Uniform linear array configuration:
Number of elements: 48
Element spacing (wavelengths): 1
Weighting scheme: kaiser
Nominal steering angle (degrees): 0
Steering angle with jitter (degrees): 0.4832
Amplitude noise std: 0.05
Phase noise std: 0.05

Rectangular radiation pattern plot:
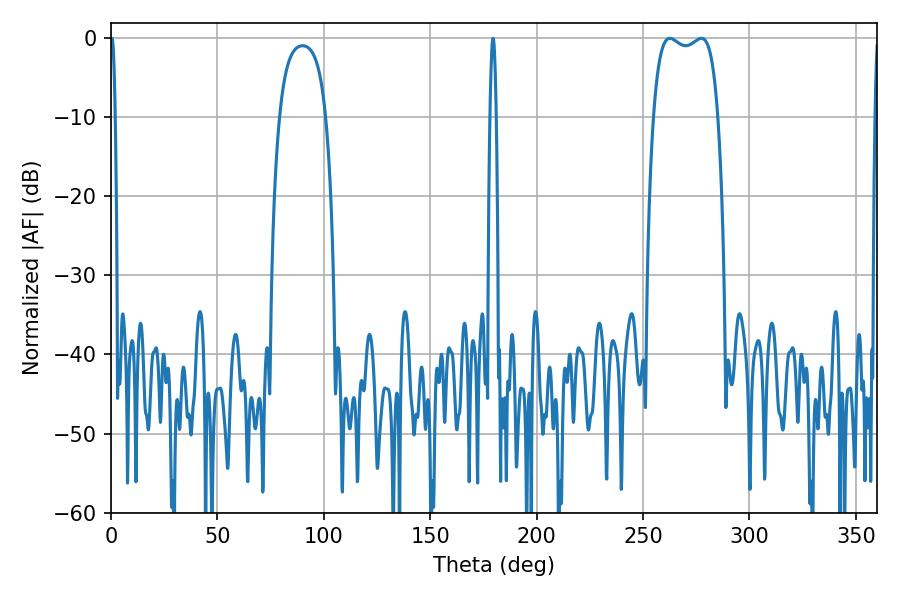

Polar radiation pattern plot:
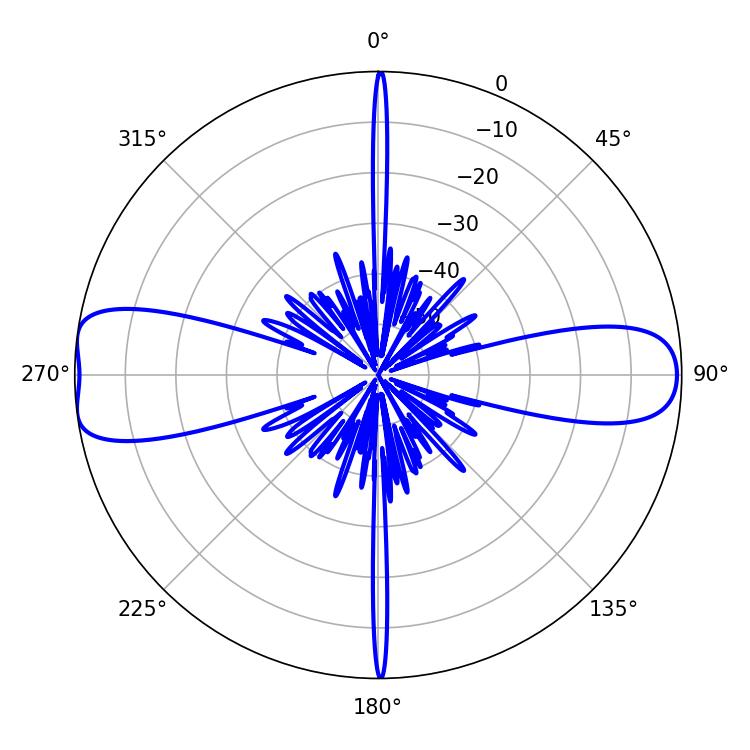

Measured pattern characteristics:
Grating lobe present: TRUE
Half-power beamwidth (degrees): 24.48
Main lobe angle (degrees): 277.38